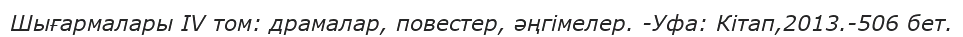
Шығармалары IV том: драмалар, повестер, әңгімелер. -Уфа: Кітап,2013.-506 бет.